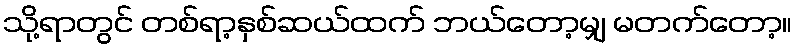
သို့ရာတွင် တစ်ရာ့နှစ်ဆယ်ထက် ဘယ်တော့မျှ မတက်တော့။